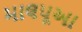
માલપૂઆ